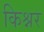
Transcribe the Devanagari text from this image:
किश्नर